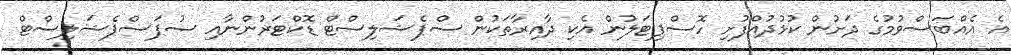
އެ އެއްބަސްވުމުގެ ދަށުން ކުޅުދުއްފުށި ހޮސްޕިޓަލުން އެކި ދާއިރާތަކުން ސްޕެޝަލިސްޓް ޑޮކްޓަރުންނާއި ސުޕަސްޕެޝަލިސްޓް